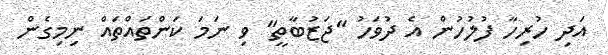
އަދި ހުރިހާ ފުލުހުން އެ ދުވަހު "ޖަޒުބާތީ" ވި ނަމަ ކަންތައްތައް ނިމިގެން